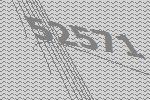
52571